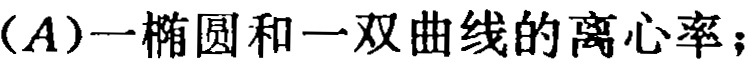
$(A)$一椭圆和一双曲线的离心率；